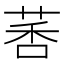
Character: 𫈗